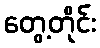
တွေ့တိုင်း